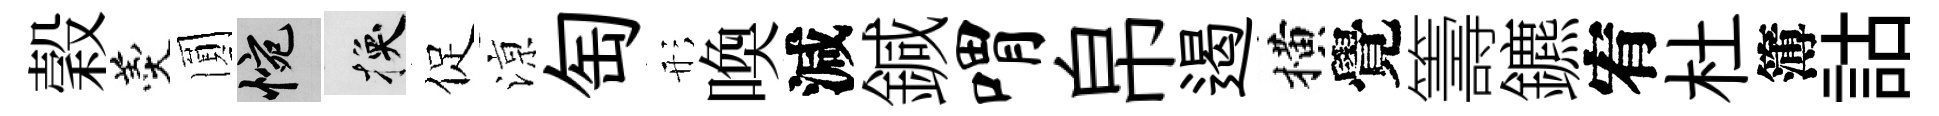
穀羹圎惋换促鿌匋形喚減鍼喟帛遏横覺籌鑣宥杜簿詁